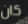
كان